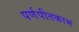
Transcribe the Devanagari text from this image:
पर्णपीतकाभ